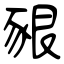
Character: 豤